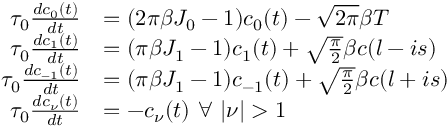
\begin{array} { r l } { \tau _ { 0 } \frac { d c _ { 0 } ( t ) } { d t } } & { = ( 2 \pi \beta J _ { 0 } - 1 ) c _ { 0 } ( t ) - \sqrt { 2 \pi } \beta T } \\ { \tau _ { 0 } \frac { d c _ { 1 } ( t ) } { d t } } & { = ( \pi \beta J _ { 1 } - 1 ) c _ { 1 } ( t ) + \sqrt { \frac { \pi } { 2 } } \beta c ( l - i s ) } \\ { \tau _ { 0 } \frac { d c _ { \mathrm { - } 1 } ( t ) } { d t } } & { = ( \pi \beta J _ { 1 } - 1 ) c _ { \mathrm { - } 1 } ( t ) + \sqrt { \frac { \pi } { 2 } } \beta c ( l + i s ) } \\ { \tau _ { 0 } \frac { d c _ { \nu } ( t ) } { d t } } & { = - c _ { \nu } ( t ) \ \forall \ \lvert \nu \rvert > 1 } \end{array}